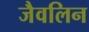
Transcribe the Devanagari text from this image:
जैवलिन